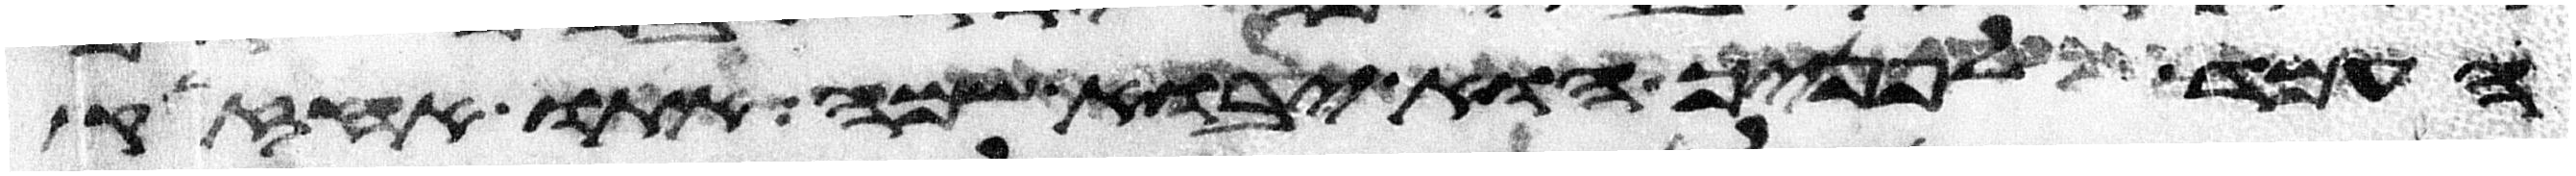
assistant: העמד לפניך הוא יבוא שמה אתו אחזיק